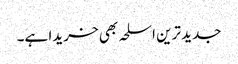
جدید ترین اسلحہ بھی خریدا ہے۔